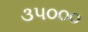
૩૫૦૦૦